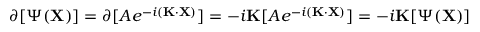
\partial [ \Psi ( \mathbf { X } ) ] = \partial [ A e ^ { - i ( \mathbf { K } \cdot \mathbf { X } ) } ] = - i \mathbf { K } [ A e ^ { - i ( \mathbf { K } \cdot \mathbf { X } ) } ] = - i \mathbf { K } [ \Psi ( \mathbf { X } ) ]